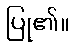
ပြု၏။